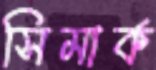
সিমার্ক